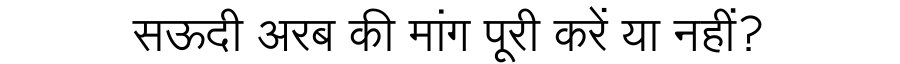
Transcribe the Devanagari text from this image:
सऊदी अरब की मांग पूरी करें या नहीं?